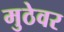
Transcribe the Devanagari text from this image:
मुठेवर